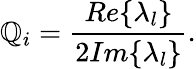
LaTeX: \mathbb{Q}_{i}=\frac{{Re\{ {\lambda_{l}}\} }}{{2Im\{ {\lambda_{l}}\} }}.